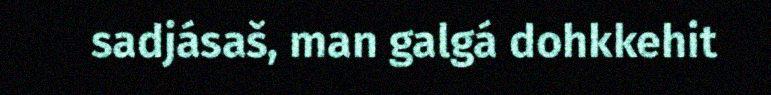
sadjásaš, man galgá dohkkehit